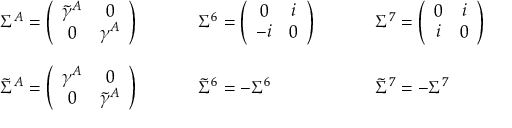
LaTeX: \begin{array} { c l l } { { \Sigma ^ { A } = \left( \begin{array} { c c } { { \tilde { \gamma } ^ { A } } } & { { 0 } } \\ { { 0 } } & { { \gamma ^ { A } } } \end{array} \right) ~ ~ ~ ~ } } & { { ~ ~ ~ \Sigma ^ { 6 } = \left( \begin{array} { c c } { { 0 } } & { { i } } \\ { { - i } } & { { 0 } } \end{array} \right) ~ ~ ~ ~ } } & { { ~ ~ ~ \Sigma ^ { 7 } = \left( \begin{array} { c c } { { 0 } } & { { i } } \\ { { i } } & { { 0 } } \end{array} \right) } } \\ { { { } } } & { { { } } } & { { { } } } \\ { { \tilde { \Sigma } ^ { A } = \left( \begin{array} { c c } { { \gamma ^ { A } } } & { { 0 } } \\ { { 0 } } & { { \tilde { \gamma } ^ { A } } } \end{array} \right) ~ ~ ~ ~ } } & { { ~ ~ ~ \tilde { \Sigma } ^ { 6 } = - \Sigma ^ { 6 } ~ ~ ~ ~ } } & { { ~ ~ ~ \tilde { \Sigma } ^ { 7 } = - \Sigma ^ { 7 } } } \end{array}